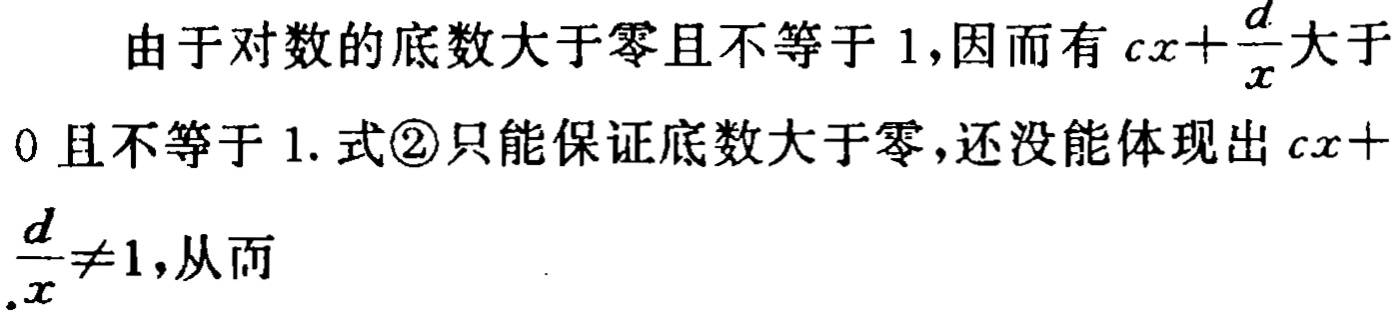
由于对数的底数大于零且不等于 1,因而有 \(cx+\frac{d}{x}\) 大于

0 且不等于 1. 式\textcircled{2}只能保证底数大于零,还没能体现出 \(cx+\)

\(\frac{d}{x}\neq1\),从而